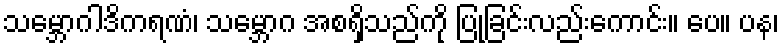
သမ္ဘောဂါဒိကရဏံ၊ သမ္ဘောဂ အစရှိသည်ကို ပြုခြင်းလည်းကောင်း။ ပေ။ ပန၊